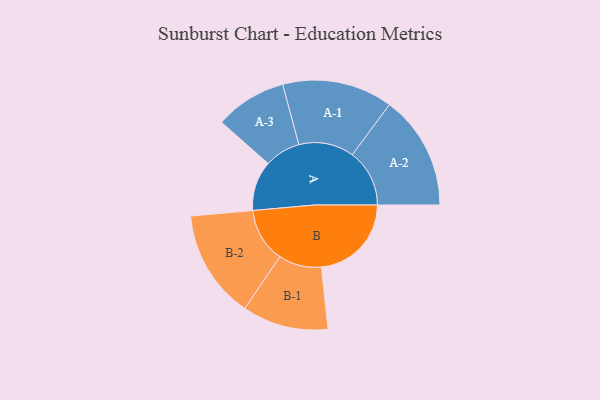
{"axis": {"x": "Segment", "y": "Value"}, "legend": ["", "A", "B"], "data": [{"x": "A", "y": 224, "type": ""}, {"x": "B", "y": 404, "type": ""}, {"x": "A-1", "y": 248, "type": "A"}, {"x": "A-2", "y": 257, "type": "A"}, {"x": "A-3", "y": 161, "type": "A"}, {"x": "B-1", "y": 193, "type": "B"}, {"x": "B-2", "y": 244, "type": "B"}]}